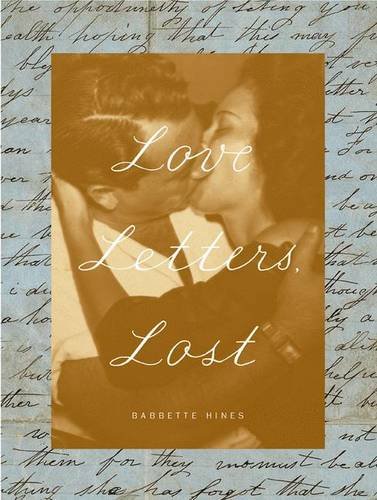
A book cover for Love Letters, Lost; Babette Hines; Romance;